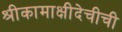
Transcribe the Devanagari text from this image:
श्रीकामाक्षीदेचीची